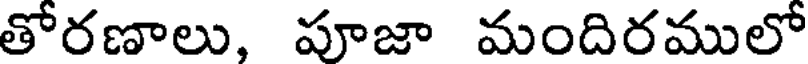
తోరణాలు, పూజా మందిరములో